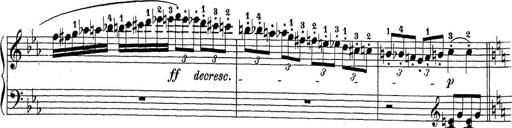
Title: Sonatina Album
Composer: Louis KÃ¶hler